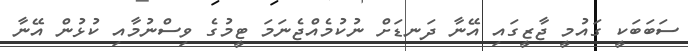
ސަބަބަކީ ގައުމީ ޖާޒީގައި އޭނާ ދަނޑަށް ނުކުމެއްޖެނަމަ ޓީމުގެ ވިސްނުމާއި ކުޅުން އޭނާ